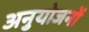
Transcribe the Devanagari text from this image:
अनुयोजनों